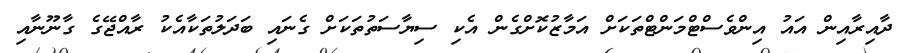
ދާއިރާއިން އައު އިންވެސްޓްމަންޓްތަކަށް އަމާޒުކޮށްގެން އެކި ސިޔާސަތުތަކަށް ގެނައި ބަދަލުތަކާއެކު ރާއްޖޭގެ ގާނޫނާއި